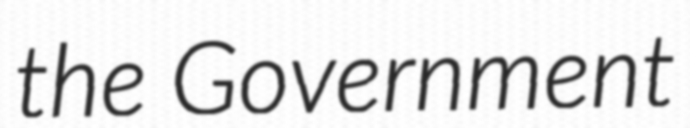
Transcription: the Government